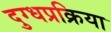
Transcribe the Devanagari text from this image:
दुग्धप्रक्रिया